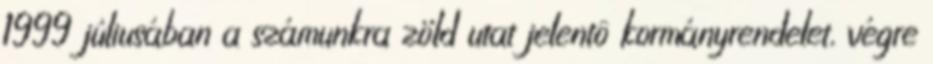
1999 júliusában a számunkra zöld utat jelentô kormányrendelet, végre